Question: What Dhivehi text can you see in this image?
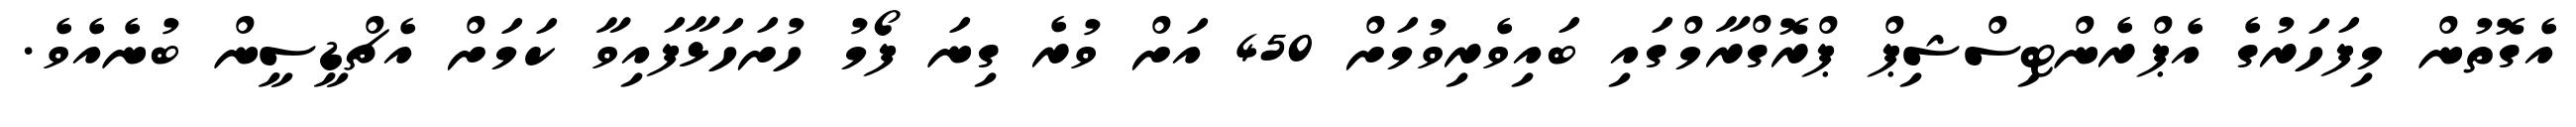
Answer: އެގޮތުން މިފަހަރުގެ އެޕްރެންޓިސްޝިޕް ޕްރޮގްރާމްގައި ބައިވެރިވުމަށް 450 އަށް ވުރެ ގިނަ ފޯމު ހުށަހަޅާފައިވާ ކަމަށް އެޗްޑީސީން ބުނެއެވެ.